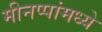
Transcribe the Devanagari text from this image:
मीनप्पांमध्ये